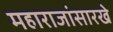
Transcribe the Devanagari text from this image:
महाराजांसारखे